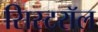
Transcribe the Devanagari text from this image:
सिस्टरॉल